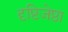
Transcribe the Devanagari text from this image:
दृष्टिजेष्ठा